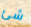
شئ